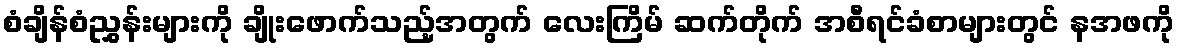
စံချိန်စံညွှန်းများကို ချိုးဖောက်သည့်အတွက် လေးကြိမ် ဆက်တိုက် အစီရင်ခံစာများတွင် နအဖကို